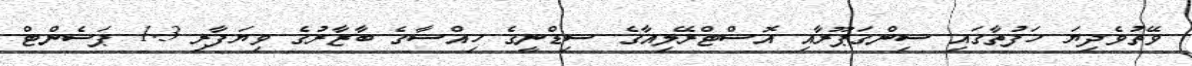
ވޭތުވެދިޔަ ހަފުތާގައި ސިންގަޕޫރާއި އޮސްޓްރޭލިއާގެ ސިޑްނީގެ ހިއްސާގެ ބާޒާރުގެ ވިޔަފާރި 1.3 ޕަސެންޓް